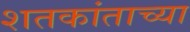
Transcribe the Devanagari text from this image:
शतकांताच्या